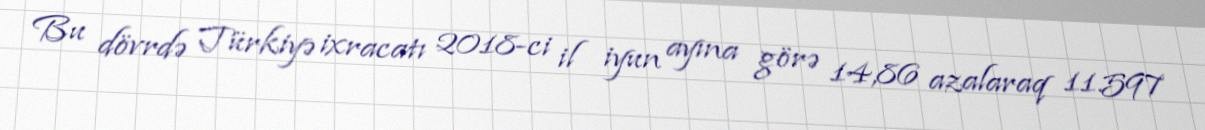
Bu dövrdə Türkiyə ixracatı 2018-ci il iyun ayına görə 14,86 azalaraq 11.597